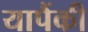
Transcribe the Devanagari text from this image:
यापैंकी